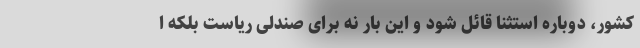
کشور، دوباره استثنا قائل شود و این بار نه برای صندلی ریاست بلکه ا